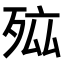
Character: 𭮐